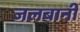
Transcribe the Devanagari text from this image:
जलबानी